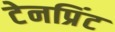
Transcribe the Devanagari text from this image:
टेनप्रिंट